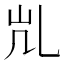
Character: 𰀷